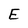
Character: E